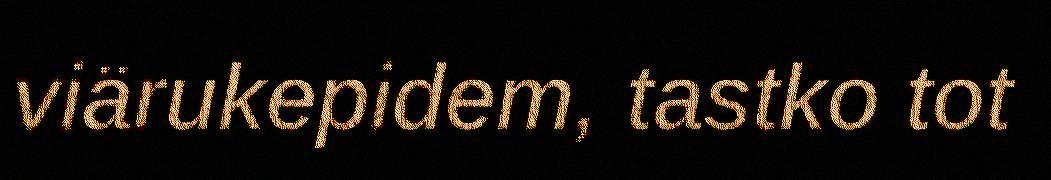
viärukepidem, tastko tot